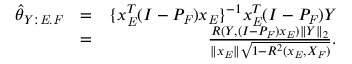
\begin{array} { r l r } { \hat { \theta } _ { Y : \mathit { E } . \mathit { F } } } & { = } & { \{ x _ { \mathit { E } } ^ { T } ( I - P _ { \mathit { F } } ) x _ { \mathit { E } } \} ^ { - 1 } x _ { \mathit { E } } ^ { T } ( I - P _ { \mathit { F } } ) Y } \\ & { = } & { \frac { R ( Y , ( I - P _ { \mathit { F } } ) x _ { \mathit { E } } ) \| Y \| _ { 2 } } { \| x _ { \mathit { E } } \| \sqrt { 1 - R ^ { 2 } ( x _ { \mathit { E } } , X _ { \mathit { F } } ) } } . } \end{array}